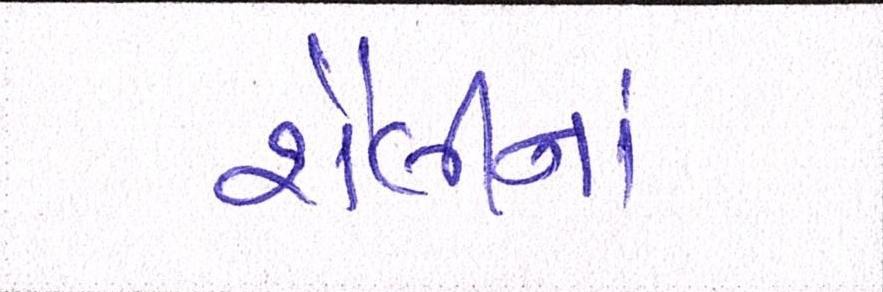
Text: શૈલીનાં